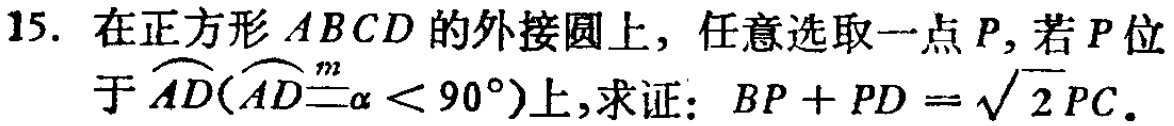
15. 在正方形 \(ABCD\) 的外接圆上，任意选取一点 \(P\)，若 \(P\) 位于 \(\overset{\frown}{AD}(\overset{\frown}{AD}\overset{m}{=}\alpha < 90^{\circ})\) 上，求证：\(BP + PD = \sqrt{2}PC\)。